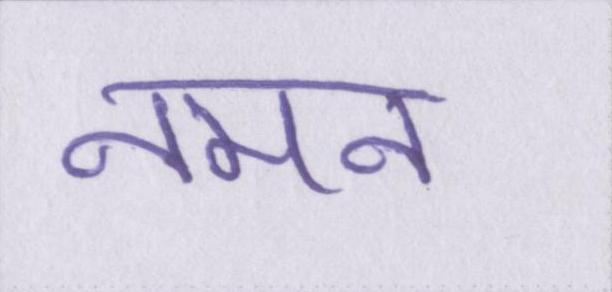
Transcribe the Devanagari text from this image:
नमन